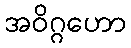
အဝိဂ္ဂဟော